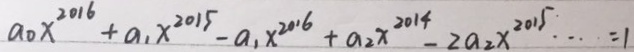
a _ { 0 } x ^ { 2 0 1 6 } + a _ { 1 } x ^ { 2 0 1 5 } - a _ { 1 } x ^ { 2 0 1 6 } + a _ { 2 } x ^ { 2 0 1 4 } - 2 a _ { 2 } x ^ { 2 0 1 5 } \cdots = 1